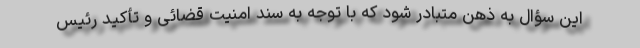
این سؤال به ذهن متبادر شود که با توجه به سند امنیت قضائی و تأکید رئیس